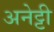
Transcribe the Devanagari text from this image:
अनेट्टी